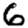
Digit: 6